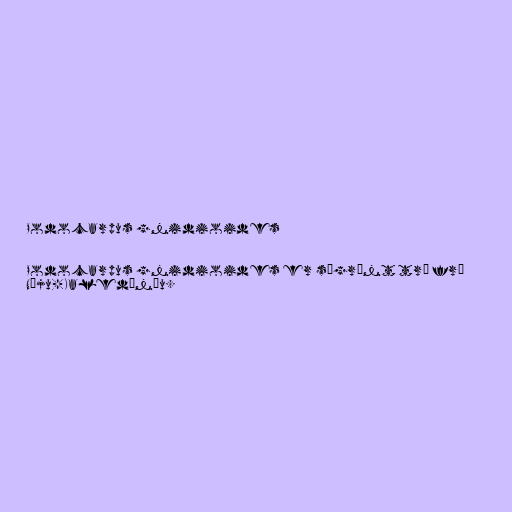
Podocarpus gnidioides

Podocarpus gnidioides er sígrænt tré frá
Nýju-Kaledóníu.